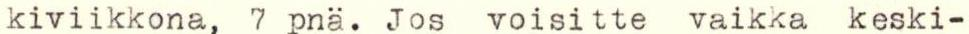
kiviikkona, 7 pnä. Jos voisitte vaikka keski-